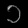
Digit: ၁